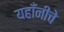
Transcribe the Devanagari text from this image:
यहाँनीचे